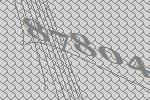
87804